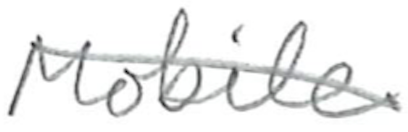
Text: Mobile
Cross-out: diagonal
Writing tool: pencil